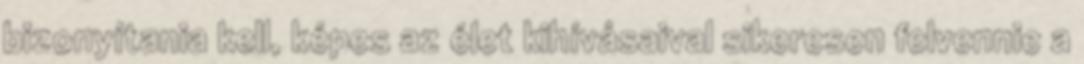
bizonyítania kell, képes az élet kihívásaival sikeresen felvennie a